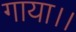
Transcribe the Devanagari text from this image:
गाया।।